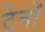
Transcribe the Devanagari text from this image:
टेनों